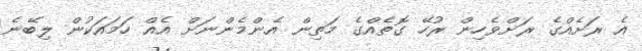
އެ ރަށެއްގެ ރަށްވެހިން ރުހޭ ގޮތެއްގެ މަތިން އެންމެންނަށް އެއް ހަމައަކުން ލިބޭނެ